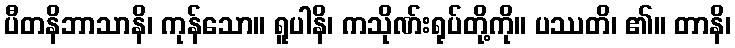
ပီတနိဘာသာနိ၊ ကုန်သော။ ရူပါနိ၊ ကသိုဏ်းရုပ်တို့ကို။ ပဿတိ၊ ၏။ တာနိ၊